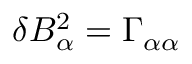
\delta B _ { \alpha } ^ { 2 } = \Gamma _ { \alpha \alpha }